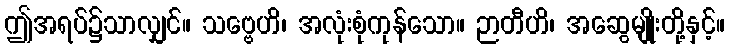
ဤအရပ်၌သာလျှင်။ သဗ္ဗေဟိ၊ အလုံးစုံကုန်သော။ ဉာတီဟိ၊ အဆွေမျိုးတို့နှင့်။